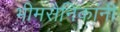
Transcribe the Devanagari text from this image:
भीमसैनिकांनी